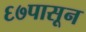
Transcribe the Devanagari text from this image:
६७पासून